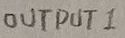
Text: OUTPUT 1